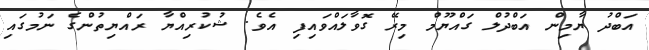
އަބްދު ޔާމިން އަބްދުލް ގައްޔޫމް މިރޭ ގޮވާލައްވައިފި އެވެ. ޝުކުރިއްޔާ ރައްޔިތުންގެ ނަމުގައި